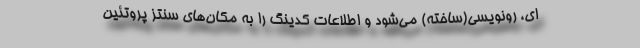
ای، رونویسی(ساخته) می‌شود و اطلاعات کدینگ را به مکان‌های سنتز پروتئین